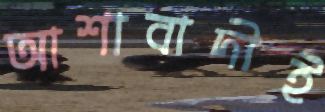
আশাবাদীই